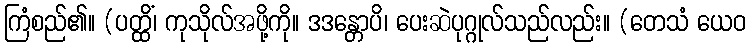
ကြံစည်၏။ (ပတ္ထိံ၊ ကုသိုလ်အဖို့ကို။ ဒဒန္တောပိ၊ ပေးဆဲပုဂ္ဂုလ်သည်လည်း။ (တေသံ ယေဝ